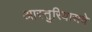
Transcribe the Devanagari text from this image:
आस्तुरियासचे